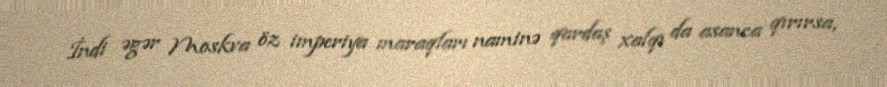
İndi əgər Moskva öz imperiya maraqları naminə qardaş xalqı da asanca qırırsa,